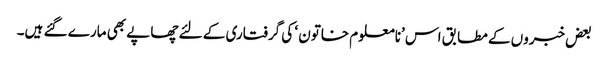
بعض خبروں کے مطابق اس ’نامعلوم خاتون ‘ کی گرفتاری کے لئے چھاپے بھی مارے گئے ہیں۔